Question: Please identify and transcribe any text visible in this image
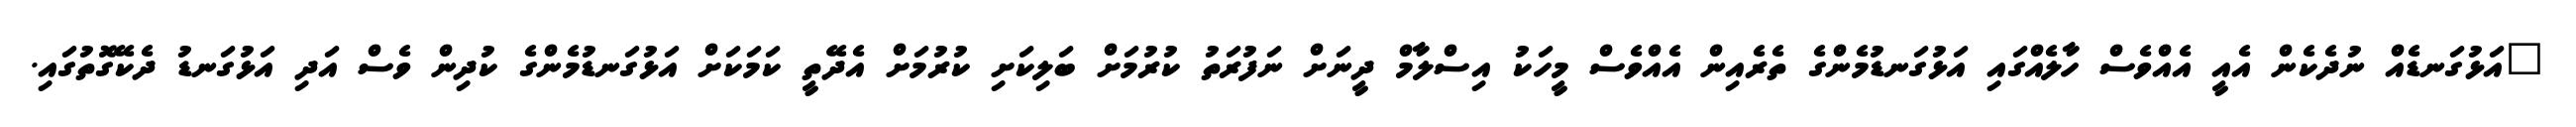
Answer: "އަޅުގަނޑެއް ނުދެކެން އެއީ އެއްވެސް ހާލެއްގައި އަޅުގަނޑުމެންގެ ތެރެއިން އެއްވެސް މީހަކު އިސްލާމް ދީނަށް ނަފުރަތު ކުރުމަށް ބަލިކަށި ކުރުމަށް އެދޭތީ ކަމަކަށް އަޅުގަނޑުމެންގެ ކުދިން ވެސް އަދި އަޅުގަނޑު ދެކޭގޮތުގައި.